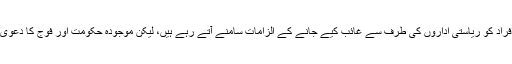
سابق فاٹا اور بلوچستان کے ساتھ ساتھ شہروں میں سے بھی کئی افراد کو ریاستی اداروں کی طرف سے غائب کیے جانے کے الزامات سامنے آتے رہے ہیں، لیکن موجودہ حکومت اور فوج کا دعویٰ ہے کہ زیادہ تر مسنگ پرسن اپنے گھروں میں واپس آ چکے ہیں۔